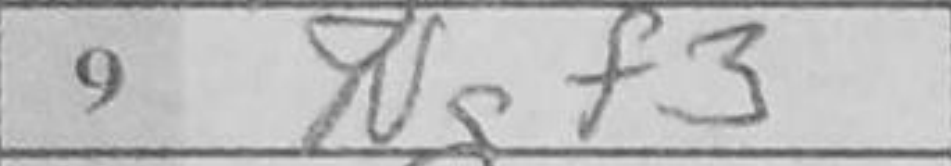
Transcription: Ngf3